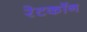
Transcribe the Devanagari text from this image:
रेटकॉन